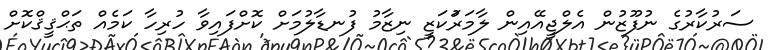
ސަރުކާރުގެ ނުފޫޒުން އެލްޖީއޭއިން ލާމަރުަކަޒީ ނިޒާމު ފުނޑާލުމަށް ކޮށްފައިވާ ހުރިހާ ކަމެއް ތަޙްޤީޤްކޮށް